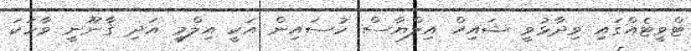
ޓްވީޓެއްގައި ވިދާޅުވީ ޝައިޚް އިލްޔާސް ހުސައިން އަކީ އިލްމީ އަދި ޤާނޫނީ ވާހަކަ